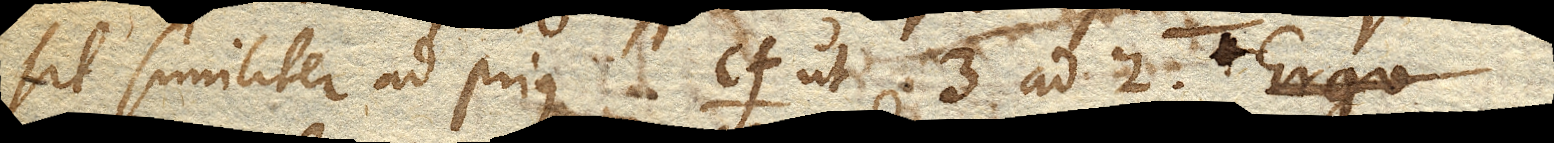
sit similiter ad prius cf. ut 3 ad 2. Ergo